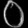
Digit: ၀